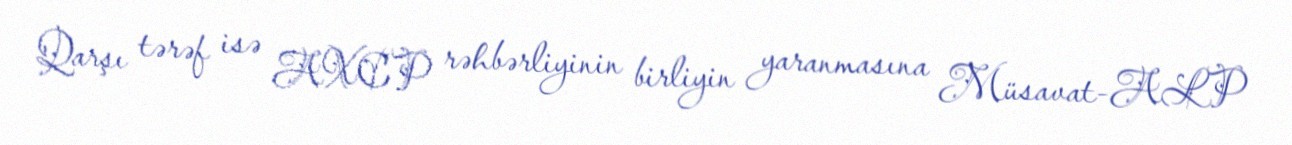
Qarşı tərəf isə AXCP rəhbərliyinin birliyin yaranmasına Müsavat-ALP